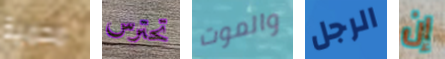
محمية تحترس والموت الرجل إن